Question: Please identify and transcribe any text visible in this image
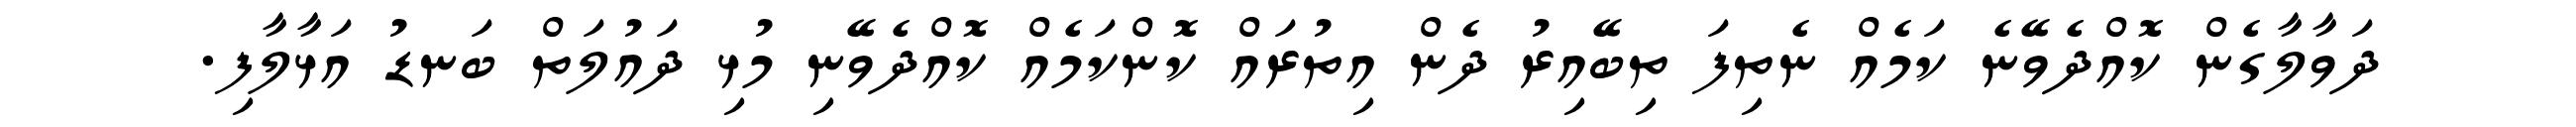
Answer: ދަވާލާގެން ކޮއްދެވޭނެ ކަމެއް ނެތިފަ ތިބޭއިރު ދެން އިތުރައް ކޮންކަމެއް ކޮއްދެވޭނި މުޅި ދައުލަތް ބަނޑު އަޅާލާފި.